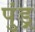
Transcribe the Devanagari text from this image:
पुंड़्र